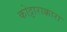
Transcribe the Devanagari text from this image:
कोट्टाराक्कारा